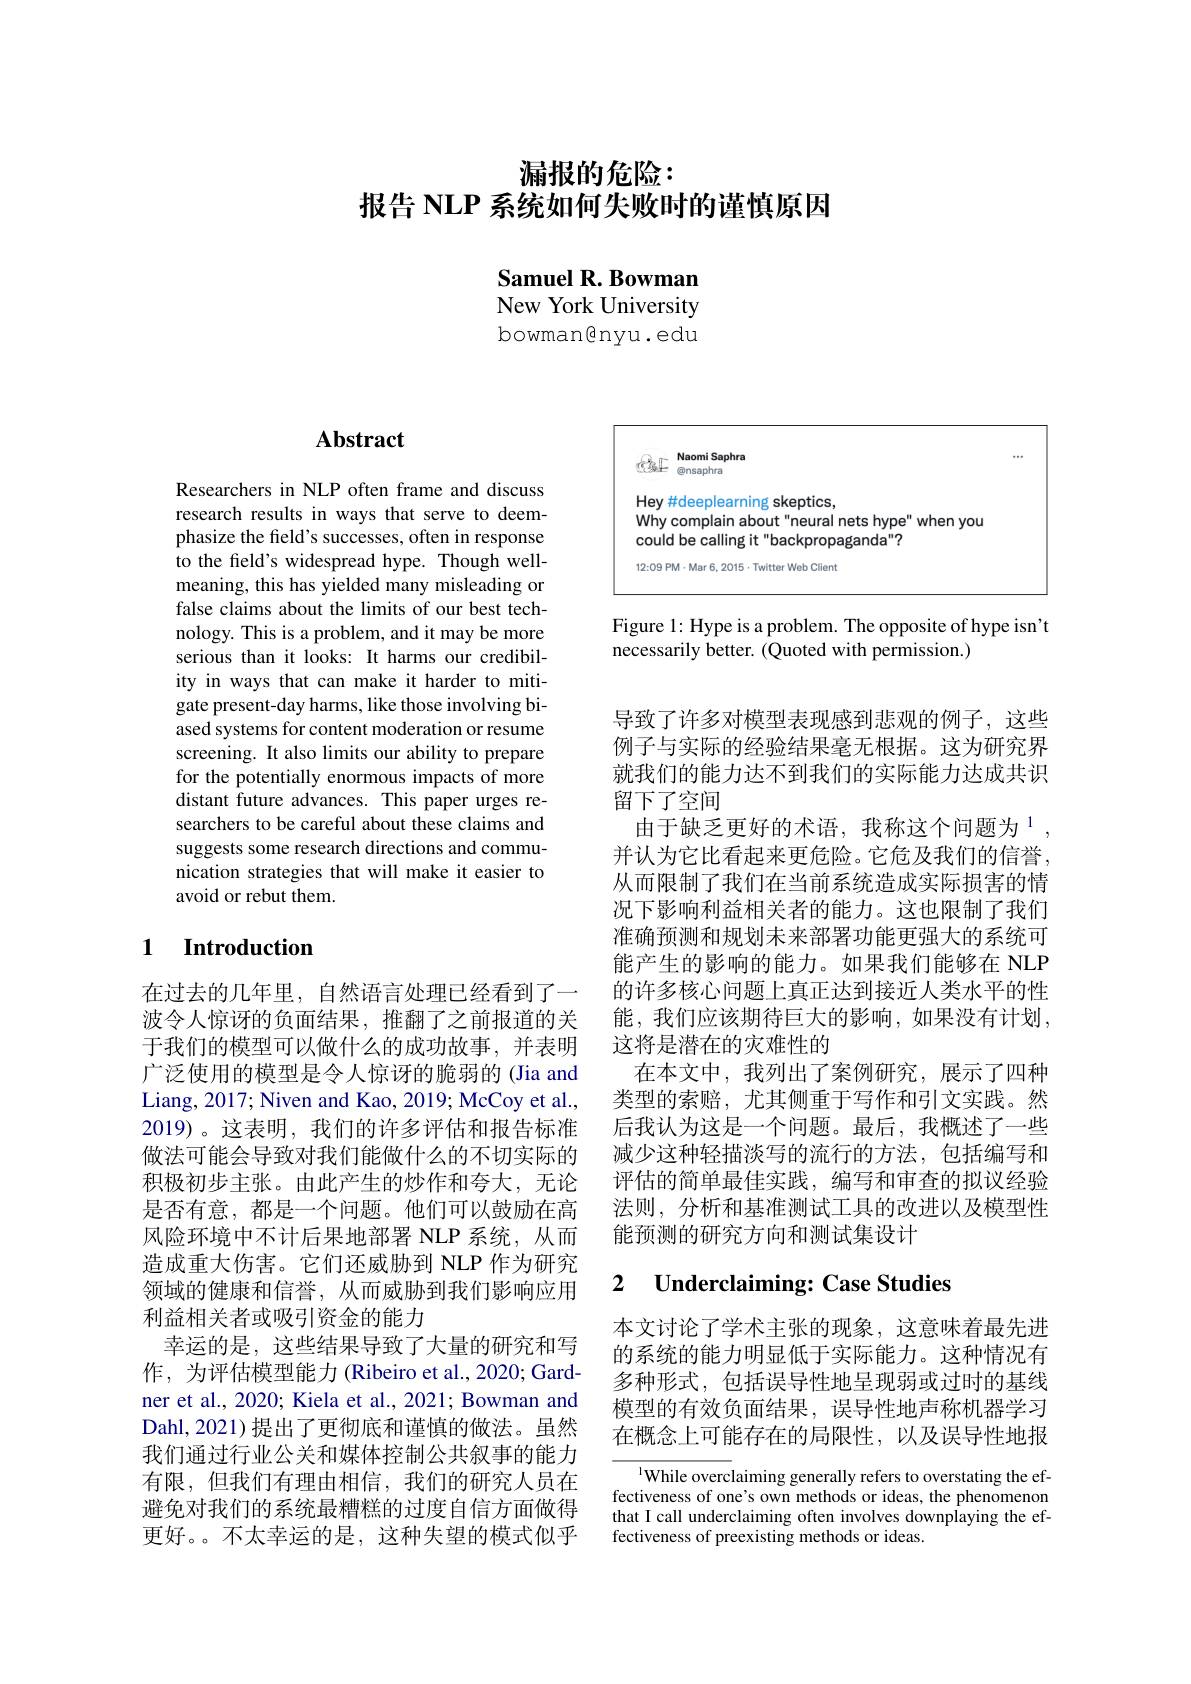
# 漏报的危险： 报告 NLP 系统如何失败时的谨慎原因

Samuel R. Bowman New York University

bowman@nyu.edu

## $\mathbf{Abstract}$

Researchers in NLP often frame and discuss research results in ways that serve to deemphasize the field's successes, often in response to the field's widespread hype. Though wellmeaning, this has yielded many misleading or false claims about the limits of our best technology. This is a problem, and it may be more serious than it looks: It harms our credibility in ways that can make it harder to mitigate present-day harms, like those involving biased systems for content moderation or resume screening. It also limits our ability to prepare for the potentially enormous impacts of more distant future advances. This paper urges researchers to be careful about these claims and suggests some research directions and communication strategies that will make it easier to avoid or rebut them.

### 1 Introduction

在过去的几年里，自然语言处理已经看到了一波令人惊讶的负面结果，推翻了之前报道的关于我们的模型可以做什么的成功故事，并表明广泛使用的模型是令人惊讶的脆弱的(Jia and Liang, 2017; Niven and Kao, 2019; McCoy et al., 2019)。这表明，我们的许多评估和报告标准做法可能会导致对我们能做什么的不切实际的积极初步主张。由此产生的炒作和夸大，无论是否有意，都是一个问题。他们可以鼓励在高风险环境中不计后果地部署 NLP 系统，从而造成重大伤害。它们还威胁到 NLP 作为研究领域的健康和信誉，从而威胁到我们影响应用利益相关者或吸引资金的能力
幸运的是，这些结果导致了大量的研究和写作，为评估模型能力 (Ribeiro et al., 2020; Gardner et al., 2020; Kiela et al., 2021; Bowman and Dahl,2021)提出了更彻底和谨慎的做法。虽然我们通过行业公关和媒体控制公共叙事的能力有限，但我们有理由相信，我们的研究人员在避免对我们的系统最糟糕的过度自信方面做得更好。。不太幸运的是，这种失望的模式似乎

<FigureHere>

Figure 1: Hype is a problem. The opposite of hype isn't
necessarily better. (Quoted with permission.)

导致了许多对模型表现感到悲观的例子，这些例子与实际的经验结果毫无根据。这为研究界就我们的能力达不到我们的实际能力达成共识留下了空间
由于缺乏更好的术语，我称这个问题为$^{1}$ 并认为它比看起来更危险。它危及我们的信誉， 从而限制了我们在当前系统造成实际损害的情况下影响利益相关者的能力。这也限制了我们准确预测和规划未来部署功能更强大的系统可能产生的影响的能力。如果我们能够在 NLP 的许多核心问题上真正达到接近人类水平的性能，我们应该期待巨大的影响，如果没有计划， 这将是潜在的灾难性的
在本文中，我列出了案例研究，展示了四种类型的索赔，尤其侧重于写作和引文实践。然后我认为这是一个问题。最后，我概述了一些减少这种轻描淡写的流行的方法，包括编写和评估的简单最佳实践，编写和审查的拟议经验法则，分析和基准测试工具的改进以及模型性能预测的研究方向和测试集设计

## 2 $\textbf{Underclaiming: Case Studies}$

本文讨论了学术主张的现象，这意味着最先进的系统的能力明显低于实际能力。这种情况有多种形式，包括误导性地呈现弱或过时的基线模型的有效负面结果，误导性地声称机器学习在概念上可能存在的局限性，以及误导性地报

$^{1}$While overclaiming generally refers to overstating the effectiveness of one's own methods or ideas, the phenomenon that I call underclaiming often involves downplaying the effectiveness of preexisting methods or ideas.